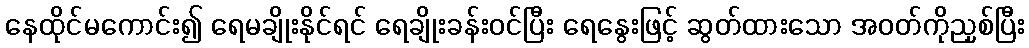
နေထိုင်မကောင်း၍ ရေမချိုးနိုင်ရင် ရေချိုးခန်းဝင်ပြီး ရေနွေးဖြင့် ဆွတ်ထားသော အဝတ်ကိုညှစ်ပြီး